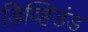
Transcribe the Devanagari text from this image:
डिव्हिडंड